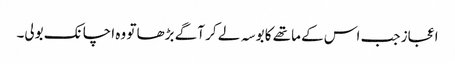
اعجاز جب اس کے ماتھے کا بوسہ لے کر آگے بڑھا تو وہ اچانک بولی۔